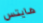
هايتس